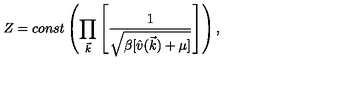
Z = c o n s t \left( \prod _ { \vec { k } } \left[ \frac { 1 } { \sqrt { \beta [ \hat { v } ( \vec { k } ) + \mu ] } } \right] \right) ,